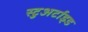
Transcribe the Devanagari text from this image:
स्टुअर्टाइड